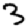
Digit: 3